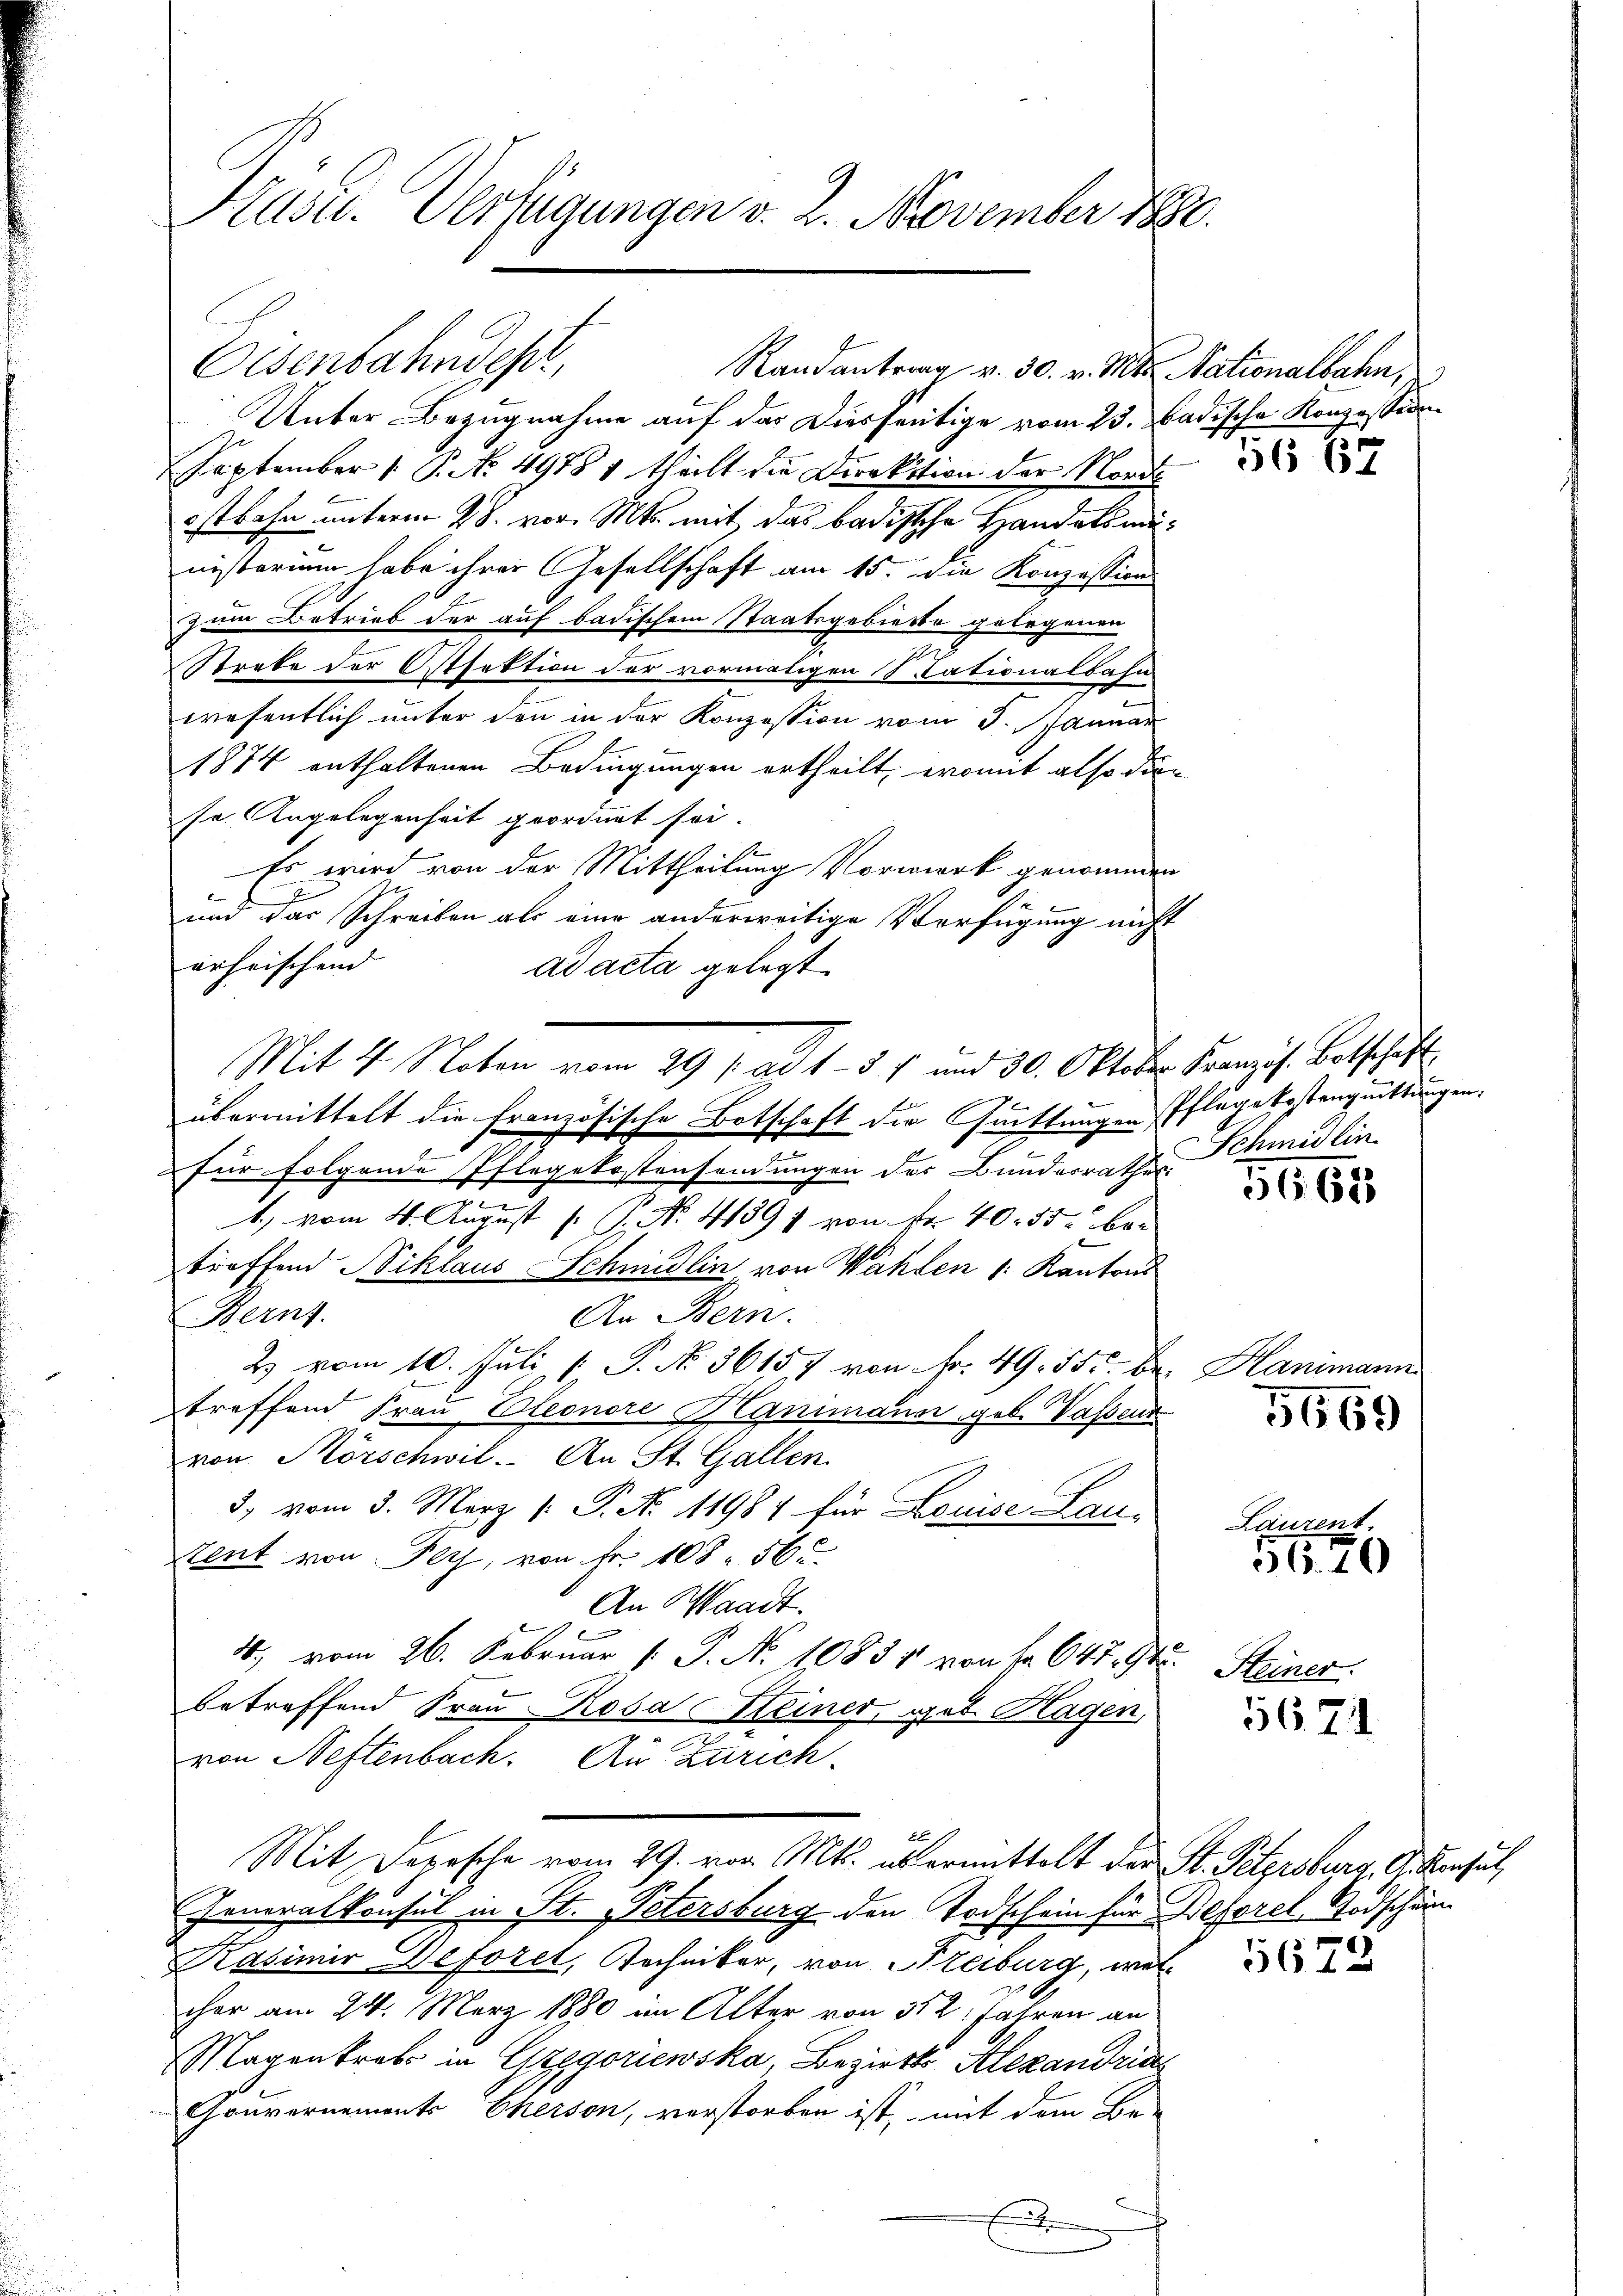
Hlusu. Verfügungen v. 2. November 1880.

Unter Bezugnahme auf das Diesseitige vom 23. Badische Konzession
September 1. P. No. 4918 1 theilt die Direktion der Nord
istbahn unterm 28. vor. Mts. mit das badische Handelsmanisterium habe ihrer Gesellschaft am 15. die Konzession
zum Betrieb der auf badischem Staatsgebierte gelegenen
m
Streke der Ostfaktion der vormaligen Stationalbahn
wesentlich unter den in der Konzession vom 5. Januar
1874 enthaltenen Bedingungen ertheilt, womit also dien
se Angelegenheit geordnet sei.
Es wird von der Mittheilung Vorwerk genommen
und das Schreiben als eine anderweitige Verfügung nicht
ärheischend |
ad acta gelegt.
übermittelt die französische Botschaft der Quittungen Pflegekostenquittungen.
für folgende Pflegekostensendungen des Bundesrathes:
d
A.) vom 4. August [ P. Nr. 41391 von Fr. 40. 55 be-
troffend Niklaus Schmidlin von Wahlen /: Kantons
An Bern.
Bern.
2) vom 10. Juli, 1 P. No. 36157 von Fr. 49. 55. B. Hanimann
treffend Frau Cleonore Hanimann geb. Wassens
von Mörschwil. An St. Gallen
3, vom 3. März 1. P. N. 11984 für Louise Lau¬
Stent von Ply, von Fr. 108. 56
An Waadt.
40.) vom 26. Februar 1 P. No 10831 von Fr. 647. 9t
betreffend Frau Rosa Heiner geb. Hagen,
von Neftenbach. An Zürich¬
E
Mit Depesche vom 29. vor. Mts. übermittelt der St. Petersburg, G. Konsul,
Generalkonsul in St. Petersburg den Todschein für Besorel, Todschän¬
Rasimir Geforet, Techniker, von Freiburg, welcher am 24. März 1880 im Alter von 312. Jahren an
Magenkrebs in Gregoriewska, Bezirks Alexandria
Gouvernements Cherson, verstorben ist, mit dem Be-
x

Osenbahndepr

Mit 4 Noten vom 29 f. ad 1. 51 und 30. Oktober Französ. Betschaft,

Randantrag v. 30. v. Mts. Nationalbahn,

e

56 67

Schmidlin.

662

5669

Laurent.

3620

Steiner.

5671.

5672